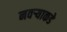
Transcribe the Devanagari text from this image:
नवर्‍याकडे